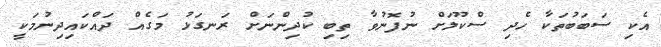
އެކި ސަބަބުތަކާ ހެދި ސްކޫލަށް ނުފޮނުވާ ތިބި ކުދިންނަށް ރަނގަޅު މަގެއް ދައްކައިދިނުމަކީ